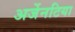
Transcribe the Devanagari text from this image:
अर्जेनटिया